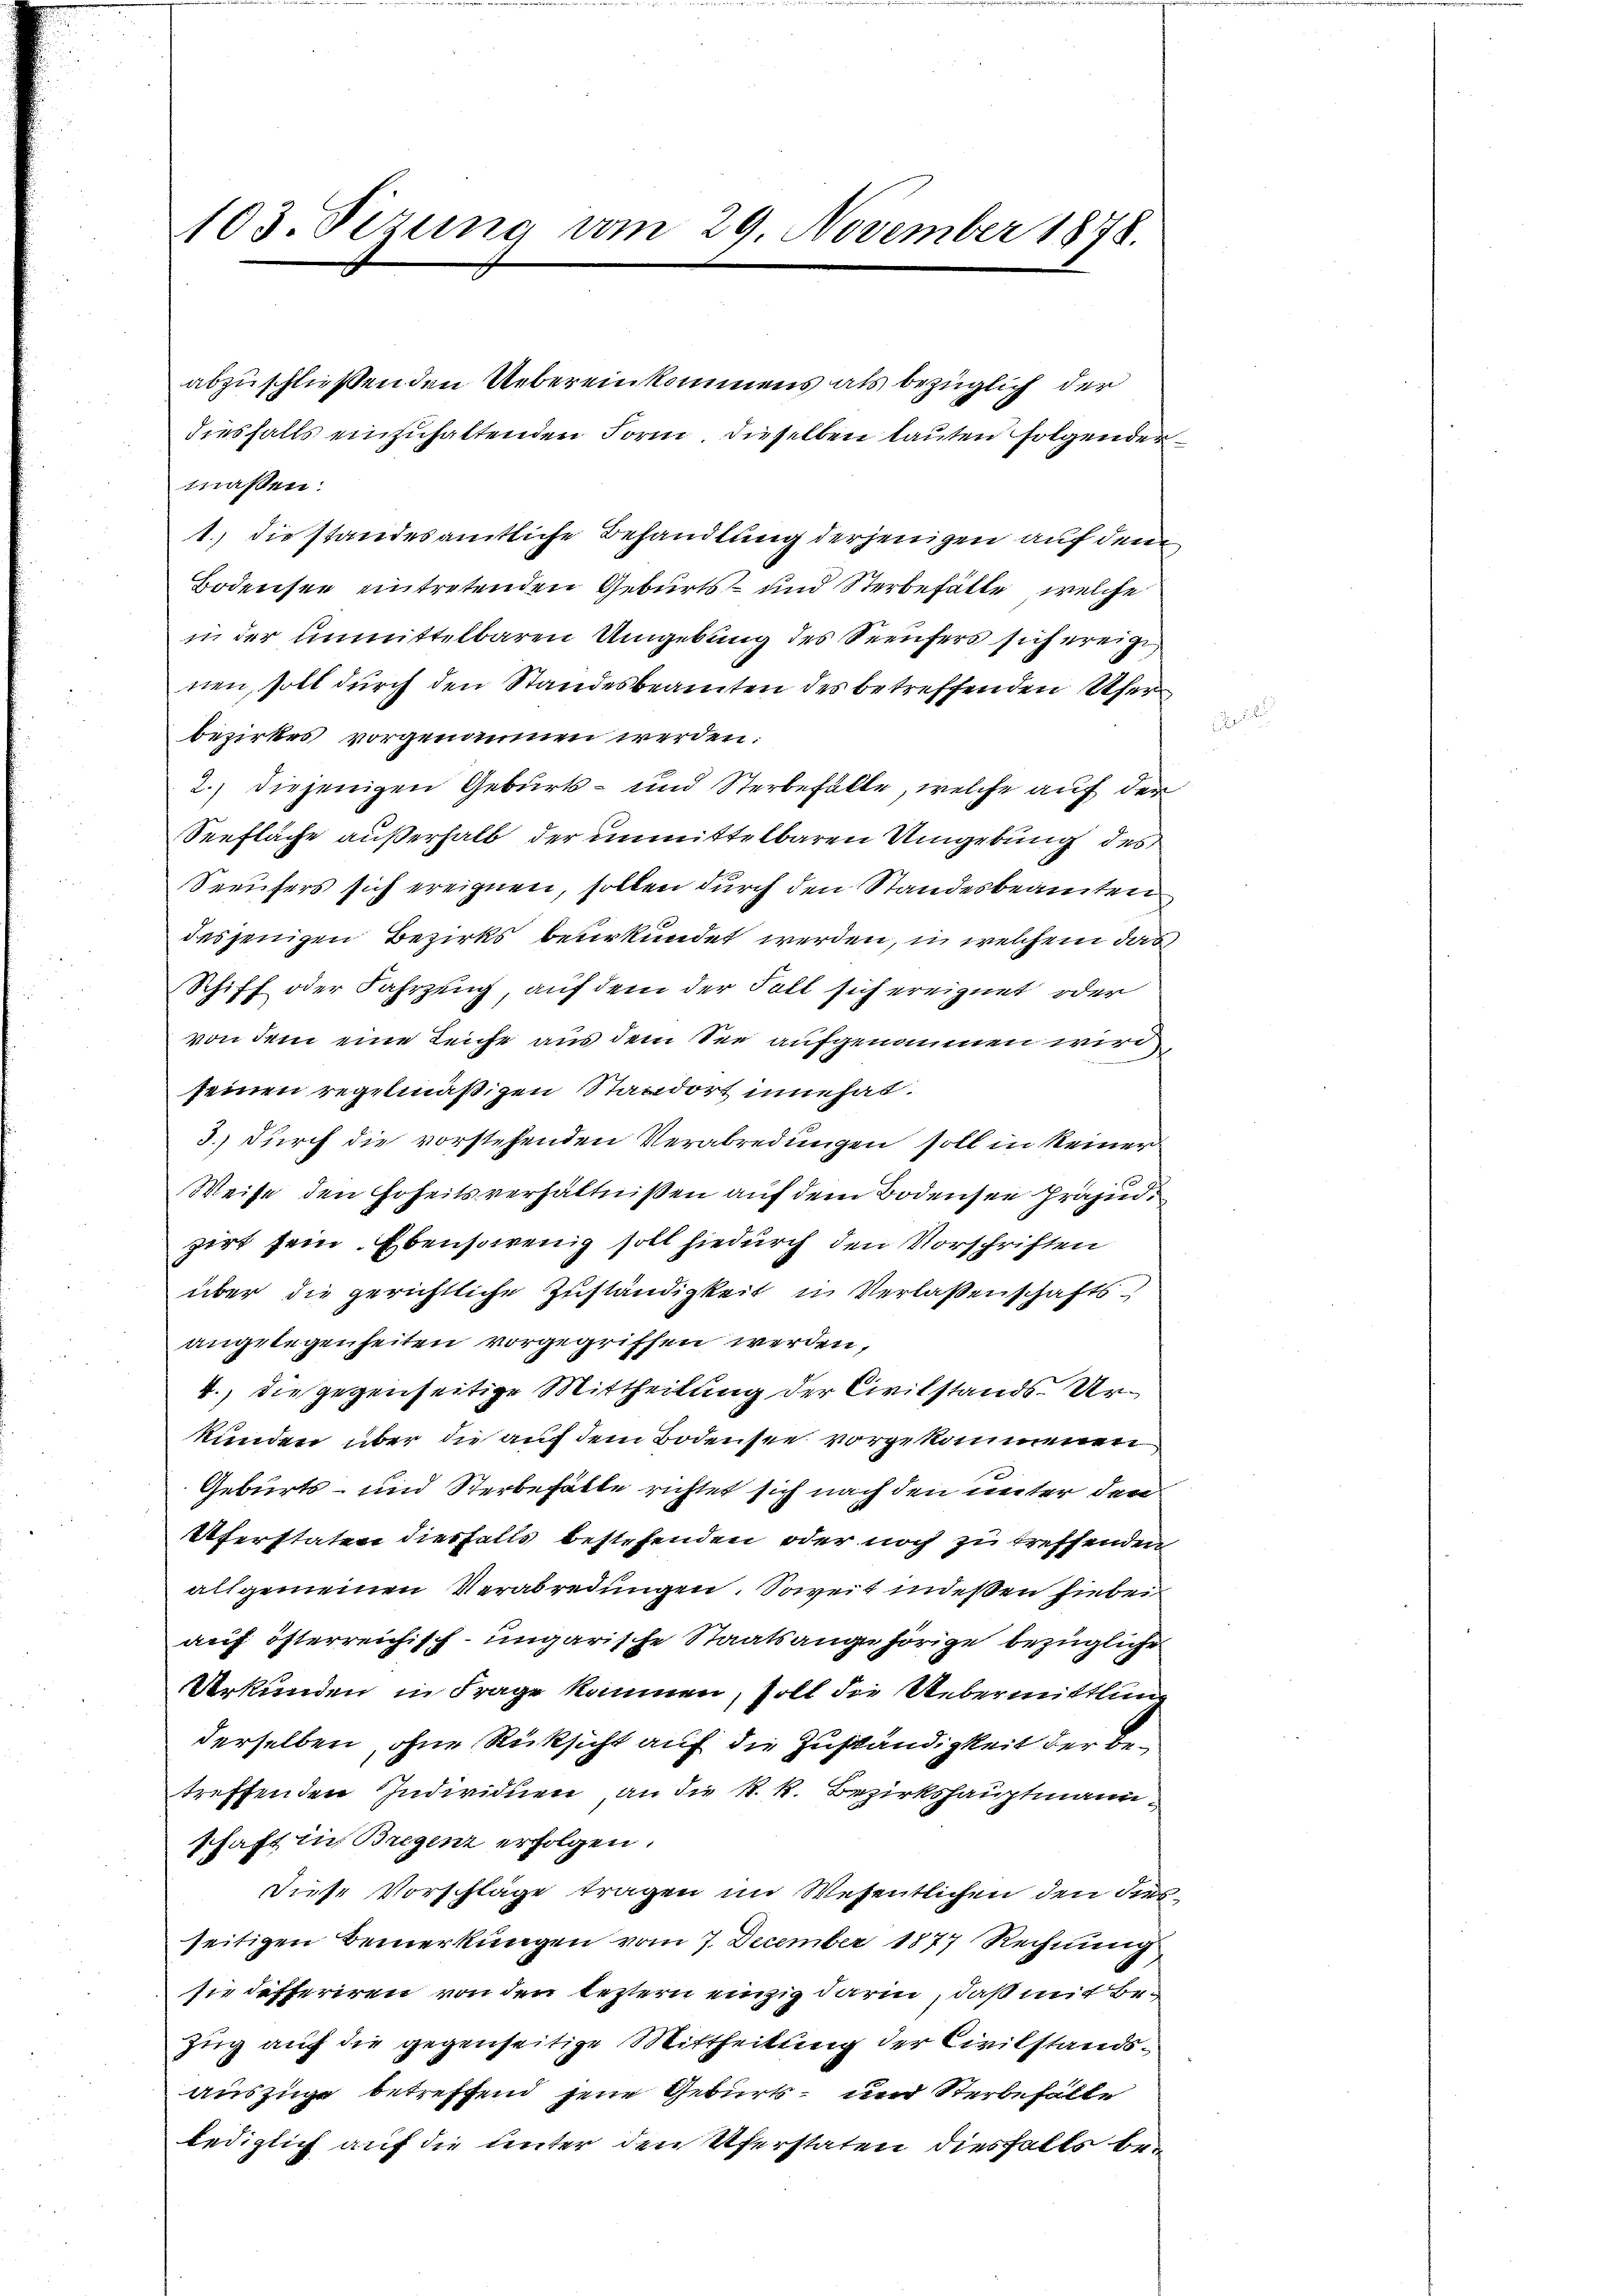
103. Sizung vom 29. November 1878.

diesfalls einzuhaltenden Form. Dieselben lauten folgender
massen:
1.) die standesamtliche Behandlung derjenigen auf dem
Bodensee eintretenden Geburts- und Sterbefälle, welche
in der unmittelbaren Umgebung des Seeufers sich ereige
nen, soll durch den Standesbeamten des betreffenden Ufer
bezirkes vorgenommen werden:
2.) diejenigen Geburts- und Sterbefälle, welche auf der
Seefläche außerhalb der unmittelbaren Umgebung des
Seeufers sich ereignen, sollen durch den Standesbeamten
desjenigen Bezirks beurkundet werden, in welchem das
Schiff oder Fahrzung, auf dem der Fall sich ereignet oder
von dem eine Leiche aus dem See aufgenommen wird
seinen regelmäßigen Standort inne hat.
3.) durch die vorstehenden Verabredungen soll in keiner
1
Weise den Hoheitsverhältnißen auf dem Bodensee Präsi
zirt sein. Ebensowenig soll hiedurch den Vorschriften
über die gerichtliche Zuständigkeit in Verlassenschafts
angelegenheiten vorgegriffen werden.
4., die gegenseitige Mittheilung der Civilstands- Urkunden über die auf dem Bodensee vorgekommenen
Geburts- und Sterbehalte richtet sich nach den unter den
Uferstaten diesfalls bestehenden oder noch zu treffenden
allgemeinen Verabredungen. Soweit indeßen hiebei
auf österreichisch-ungarische Staatsangehörige bezügliche
Urkunden in Frage kommen, soll die Uebermittlung
derselben, ohne Rücksicht auf die Zuständigkeit der Betreffenden Individuen an die k. k. Bezirkshauptmann
schaft in Bregenz erfolgen:
Diese Vorschläge tragen im Wesentlichen den diesseitigen Bemerkungen vom 7. December 1877 Rechnung
sie defferiren von den leztern einzig darin, daß mit Bezug auf die gegenseitige Mittheilung der Civilstandsauszüge betreffend jene Geburts- und Sterbehalte
lediglich auf die Unter den Pferstaten diesfalls be¬

abzuschließenden Uebereinkommens als bezüglich der